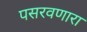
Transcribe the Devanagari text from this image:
पसरवणारा